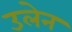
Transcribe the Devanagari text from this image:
उलेन